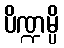
ပိဏ္ဍမ္ပိ